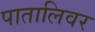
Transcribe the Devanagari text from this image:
पातालिवर